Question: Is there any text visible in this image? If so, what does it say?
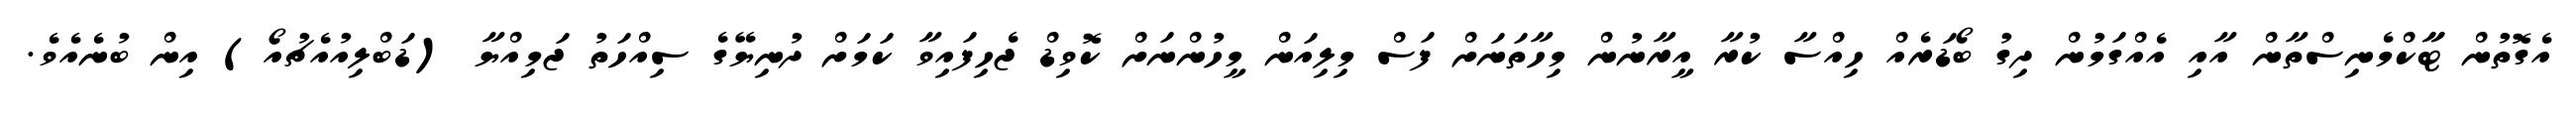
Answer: އެގޮތުން ޓާާކްމެނިސްތާން އާއި އެއްގަމުން ދިގު ބޯޑަރެއް ހިއްސާ ކުރާ އީރާނުން މިހާތަނަށް ފަސް މިލިއަން މީހުންނަށް ކޮވިޑް ޖެހިފައިވާ ކަމަށް ދުނިޔޭގެ ސިއްހަތު ޖަމިއްޔާ (ޑަބްލިއުއެޗުއޯ) އިން ބުނެއެވެ.